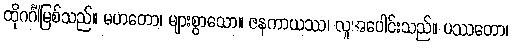
ထိုဂင်္ဂါမြစ်သည်။ မဟတော၊ များစွာသော။ ဇနကာယဿ၊ လူအပေါင်းသည်။ ပဿတော၊